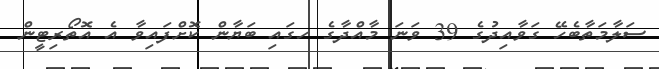
ސަލާމަތާބެހޭ ގަވާއިދުގެ 39 ވަނަ މާއްދާގެ ހގައި ބަޔާން ކޮށްފައިވާ އެ އޮތޯރިޓީން